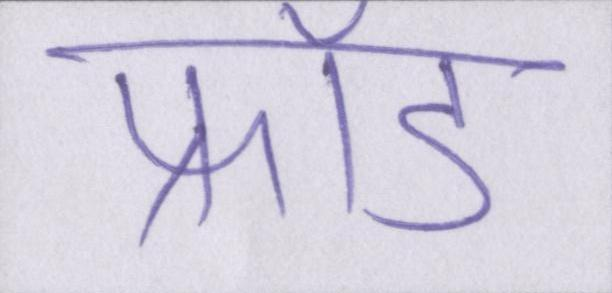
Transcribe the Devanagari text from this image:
फ्रॉड